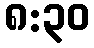
၈:၃၀